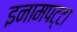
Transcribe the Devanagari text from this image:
इनामपट्टा